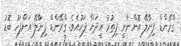
ގްރޭންޑް ފިނާލޭ އޮންނާނީ ފިތުރު އީދަށް ފަހުއެވެ. ގްރޭންޑް ފިނާލޭ އަށްފަހު ބޮޑު